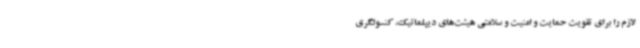
لازم را برای تقویت حمایت و امنیت و سلامتی هیئت‌های دیپلماتیک، کنسولگری